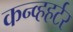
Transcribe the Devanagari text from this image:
कन्व्हहर्टर